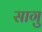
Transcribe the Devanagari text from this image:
सागु